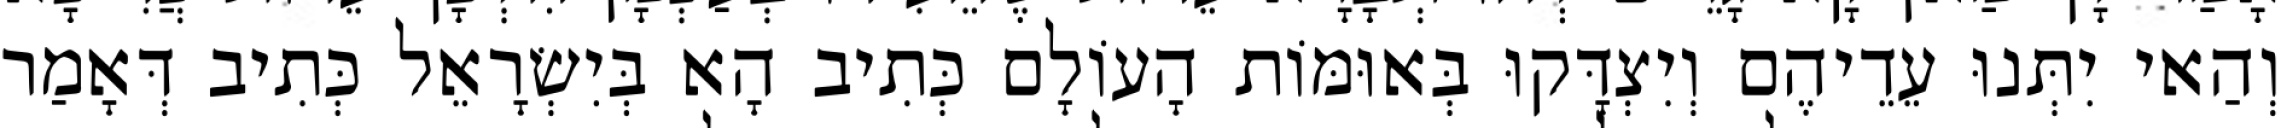
וְהַאי יִתְּנוּ עֵדֵיהֶם וְיִצְדָּקוּ בְּאוּמּוֹת הָעוֹלָם כְּתִיב הָא בְּיִשְׂרָאֵל כְּתִיב דְּאָמַר